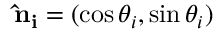
\mathbf { \hat { n } _ { i } } = ( \cos \theta _ { i } , \sin \theta _ { i } )